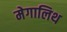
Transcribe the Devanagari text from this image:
मेगालिथ